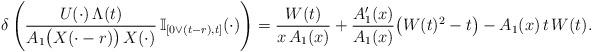
LaTeX: \begin{align*}\delta \left( \frac{U( \cdot ) \, \Lambda (t)}{A_1 \big( X(\cdot -r) \big) \, X( \cdot )} \, \mathbb{I}_{[0 \vee (t-r),t]} ( \cdot ) \right) = \frac{W(t)}{x \, A_1 ( x )} + \frac{A_1^\prime (x )}{A_1(x)} \big( W(t)^2 -t \big) - A_1 (x) \, t \, W(t). \end{align*}